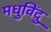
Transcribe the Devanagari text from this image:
मधुविंदु